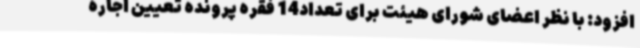
افزود: با نظر اعضای شورای هیئت برای تعداد14 فقره پرونده تعیین اجاره